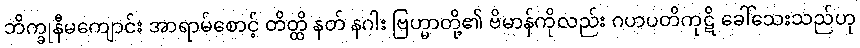
ဘိက္ခုနီမကျောင်း အာရာမ်စောင့် တိတ္ထိ နတ် နဂါး ဗြဟ္မာတို့၏ ဗိမာန်ကိုလည်း ဂဟပတိကုဋိ ခေါ်သေးသည်ဟု